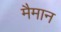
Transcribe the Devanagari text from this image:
मैमान